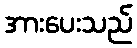
အားပေးသည်